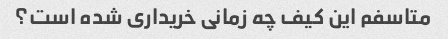
متاسفم این کیف چه زمانی خریداری شده است؟